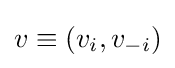
v\equiv (v_{i},v_{-i})